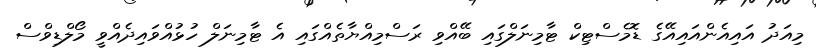
މިއަދު އައިއެންއައިއޭގެ ޑޮމެސްޓިކް ޓާމިނަލްގައި ބޭއްވި ރަސްމިއްޔާތެއްގައި އެ ޓާމިނަލް ހުޅުއްވައިދެއްވީ މޯލްޑިވްސް